Vaccine operations Central Provinces 1868-1885 - 1868-1885
Year: 1868
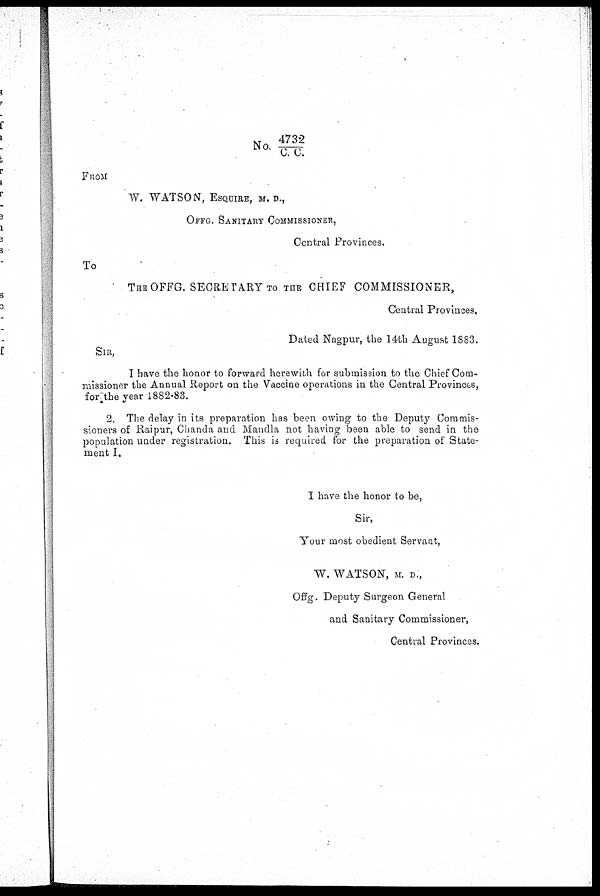
No. 4732/C.C.
FROM
W. WATSON, ESQUIRE, M. D.,
OFFG. SANITARY COMMISSIONER,
Central Provinces.
To
THE OFFG. SECRETARY TO THE CHIEF COMMISSIONER,
Central Provinces.
Dated Nagpur, the 14th August 1883.
SIR,
I have the honor to forward herewith for submission to the Chief Com-
missioner the Annual Report on the Vaccine operations in the Central Provinces,
for the year 1882-83.
2. The delay in its preparation has been owing to the Deputy Commis-
sioners of Raipur, Chanda and Mandla not having been able to send in the
population under registration. This is required for the preparation of State-
ment I.
I have the honor to be,
Sir,
Your most obedient Servant,
W. WATSON, M. D.,
Offg. Deputy Surgeon General
and Sanitary Commissioner,
Central Provinces.